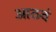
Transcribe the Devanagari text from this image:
आठवं